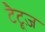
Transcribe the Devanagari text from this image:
टैटूज़